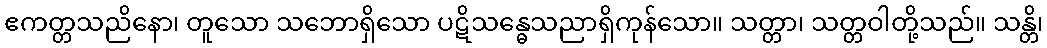
ဧကတ္တသညိနော၊ တူသော သဘောရှိသော ပဋိသန္ဓေသညာရှိကုန်သော။ သတ္တာ၊ သတ္တဝါတို့သည်။ သန္တိ၊